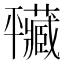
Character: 𢆮